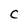
Character: C